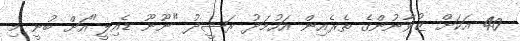
40 އަކަށް ޒުވާނުންގެ ތެރެއިން އަހުމަދު ރަޝީދު "ނޫނޫ ޑެއިލީ"އަށް ބުނީ މި